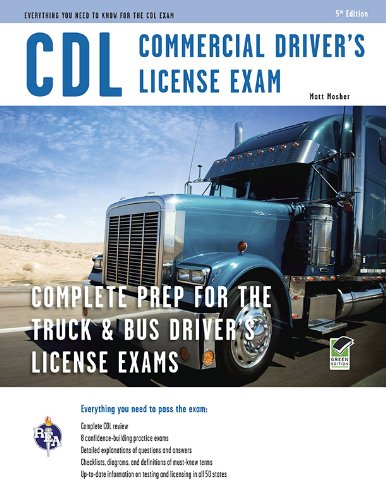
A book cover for CDL - Commercial Driver's License Exam (CDL Test Preparation); Editors of REA; Test Preparation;